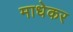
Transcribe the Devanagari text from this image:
माधेकर